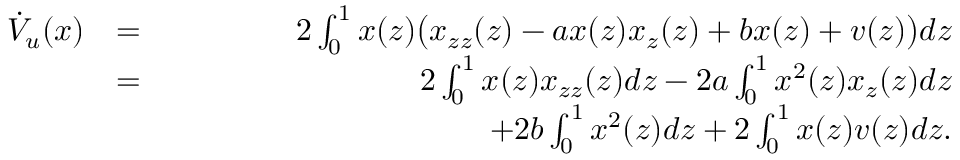
\begin{array} { r l r } { \dot { V } _ { u } ( x ) } & { = } & { 2 \int _ { 0 } ^ { 1 } x ( z ) \big ( x _ { z z } ( z ) - a x ( z ) x _ { z } ( z ) + b x ( z ) + v ( z ) \big ) d z } \\ & { = } & { 2 \int _ { 0 } ^ { 1 } x ( z ) x _ { z z } ( z ) d z - 2 a \int _ { 0 } ^ { 1 } x ^ { 2 } ( z ) x _ { z } ( z ) d z } \\ & { } & { \qquad \qquad \qquad \qquad \qquad + 2 b \int _ { 0 } ^ { 1 } x ^ { 2 } ( z ) d z + 2 \int _ { 0 } ^ { 1 } x ( z ) v ( z ) d z . } \end{array}